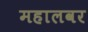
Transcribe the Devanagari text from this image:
महालवर